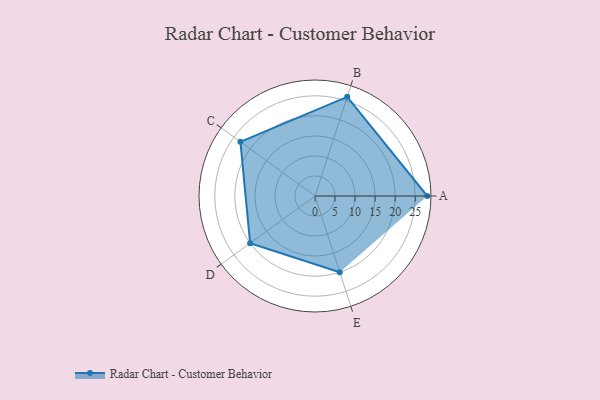
{"axis": {"x": "Skill", "y": "Score"}, "legend": ["Profile"], "data": [{"x": "A", "y": 28.0, "type": "Profile"}, {"x": "B", "y": 26.0, "type": "Profile"}, {"x": "C", "y": 23.0, "type": "Profile"}, {"x": "D", "y": 20.0, "type": "Profile"}, {"x": "E", "y": 20, "type": "Profile"}]}